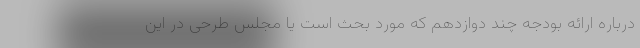
درباره ارائه بودجه چند دوازدهم که مورد بحث است یا مجلس طرحی در این